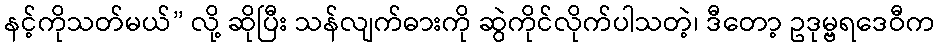
နင့်ကိုသတ်မယ်” လို့ ဆိုပြီး သန်လျက်ဓားကို ဆွဲကိုင်လိုက်ပါသတဲ့၊ ဒီတော့ ဥဒုမ္ဗရဒေဝီက